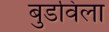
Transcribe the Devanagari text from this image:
बुडविला